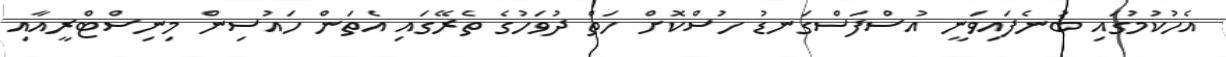
އެހުކުމުގައި ބުނެފައިވަނީ އުސްފަސްގަނޑު ހުސްކޮށް ހަތް ދުވަހުގެ ތެރޭގައި އެތަން ހައުސިން މިނިސްޓްރީއާއި